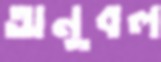
অনুবল